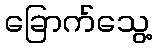
ခြောက်သွေ့